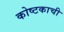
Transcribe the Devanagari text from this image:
कोष्टकाची